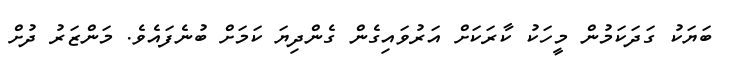
ބަޔަކު ގަދަކަމުން މީހަކު ކާރަކަށް އަރުވައިގެން ގެންދިޔަ ކަމަށް ބުނެފައެވެ. މަންޒަރު ދުށް